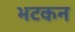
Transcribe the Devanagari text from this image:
भटकन